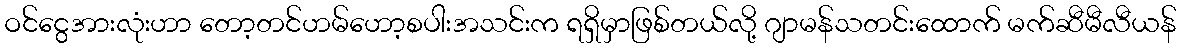
ဝင်ငွေအားလုံးဟာ တော့တင်ဟမ်ဟော့စပါးအသင်းက ရရှိမှာဖြစ်တယ်လို့ ဂျာမန်သတင်းထောက် မက်ဆီမီလီယန်